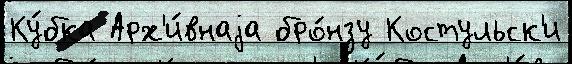
Ку́бка Арх'и́внаjа бро́нзу Костульск'и